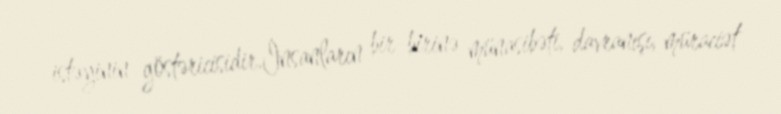
istəyinin göstəricisidir.İnsanların bir-birinə münasibəti, davranışı, müraciət